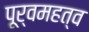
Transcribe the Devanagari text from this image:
पूर्वमहत्व